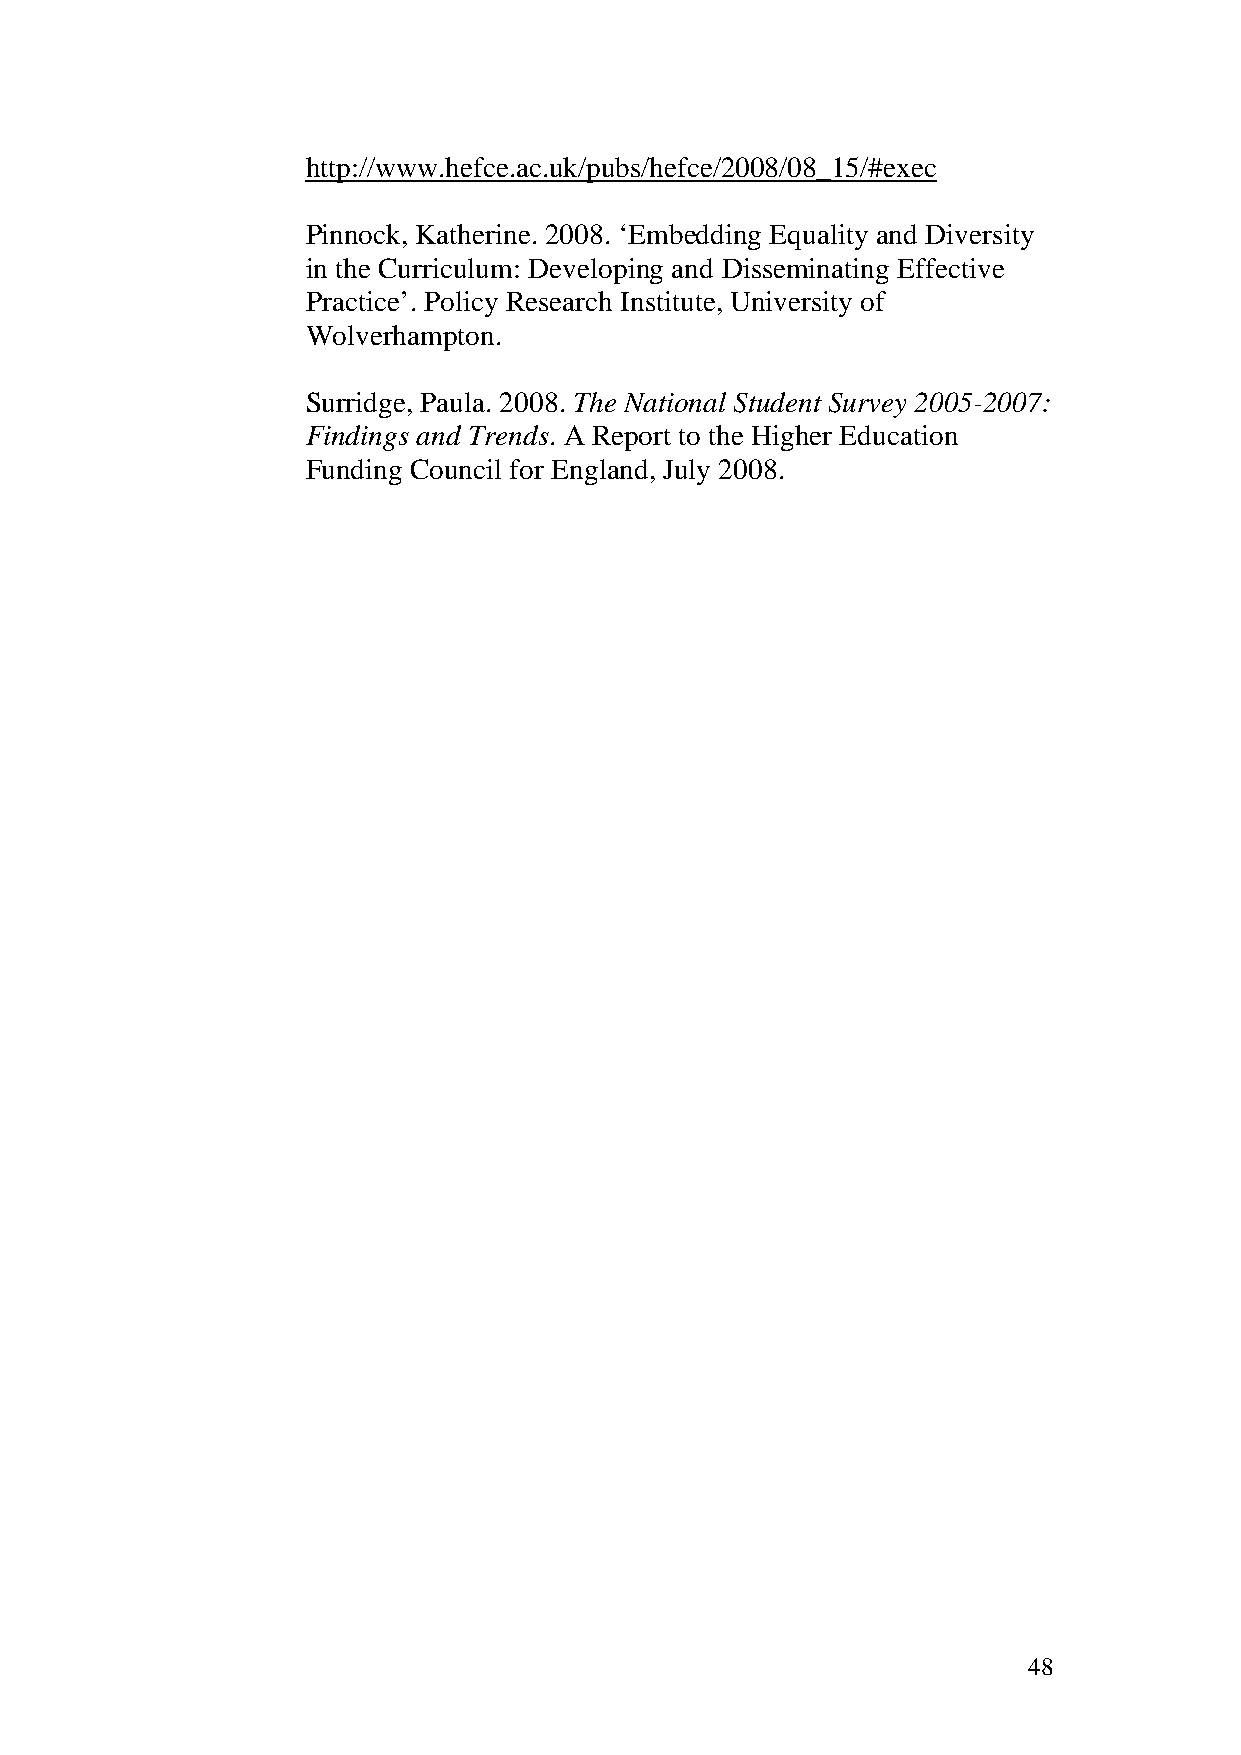
http://www.hefce.ac.uk/pubs/hefce/2008/08_15/#exec
 Pinnock, Katherine. 2008. ‘Embedding Equality and Diversity
 in the Curriculum: Developing and Disseminating Effective
 Practice’. Policy Research Institute, University of
 Wolverhampton.
 Surridge, Paula. 2008. The National Student Survey 2005-2007:
 Findings and Trends. A Report to the Higher Education
 Funding Council for England, July 2008.
 48